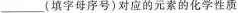
___(填字母序号)对应的元素的化学性质